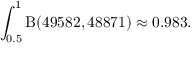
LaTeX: \int _ { 0 . 5 } ^ { 1 } \mathrm { \mathrm { B } } ( 4 9 5 8 2 , 4 8 8 7 1 ) \approx 0 . 9 8 3 .